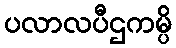
ပလာလပီဌကမ္ပိ